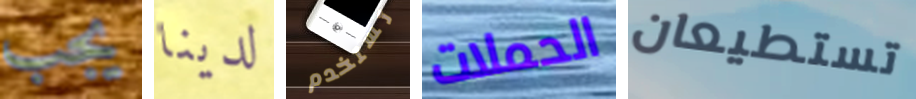
يجب لدينا تستخدم الحملات تستطيعان